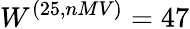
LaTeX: W^{(25,nMV)}=47